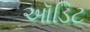
ઑડિટ